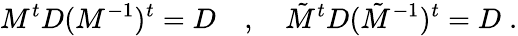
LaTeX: M^{t}D(M^{-1})^{t}=D\quad,\quad\tilde{M}^{t}D(\tilde{M}^{-1})^{t}=D\; .